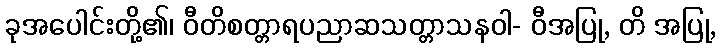
ခုအပေါင်းတို့၏၊ ဝီတိစတ္တာရပညာဆသတ္တာသနဝါ- ဝီအပြု, တိ အပြု,